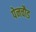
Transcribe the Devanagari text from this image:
पेनचौड